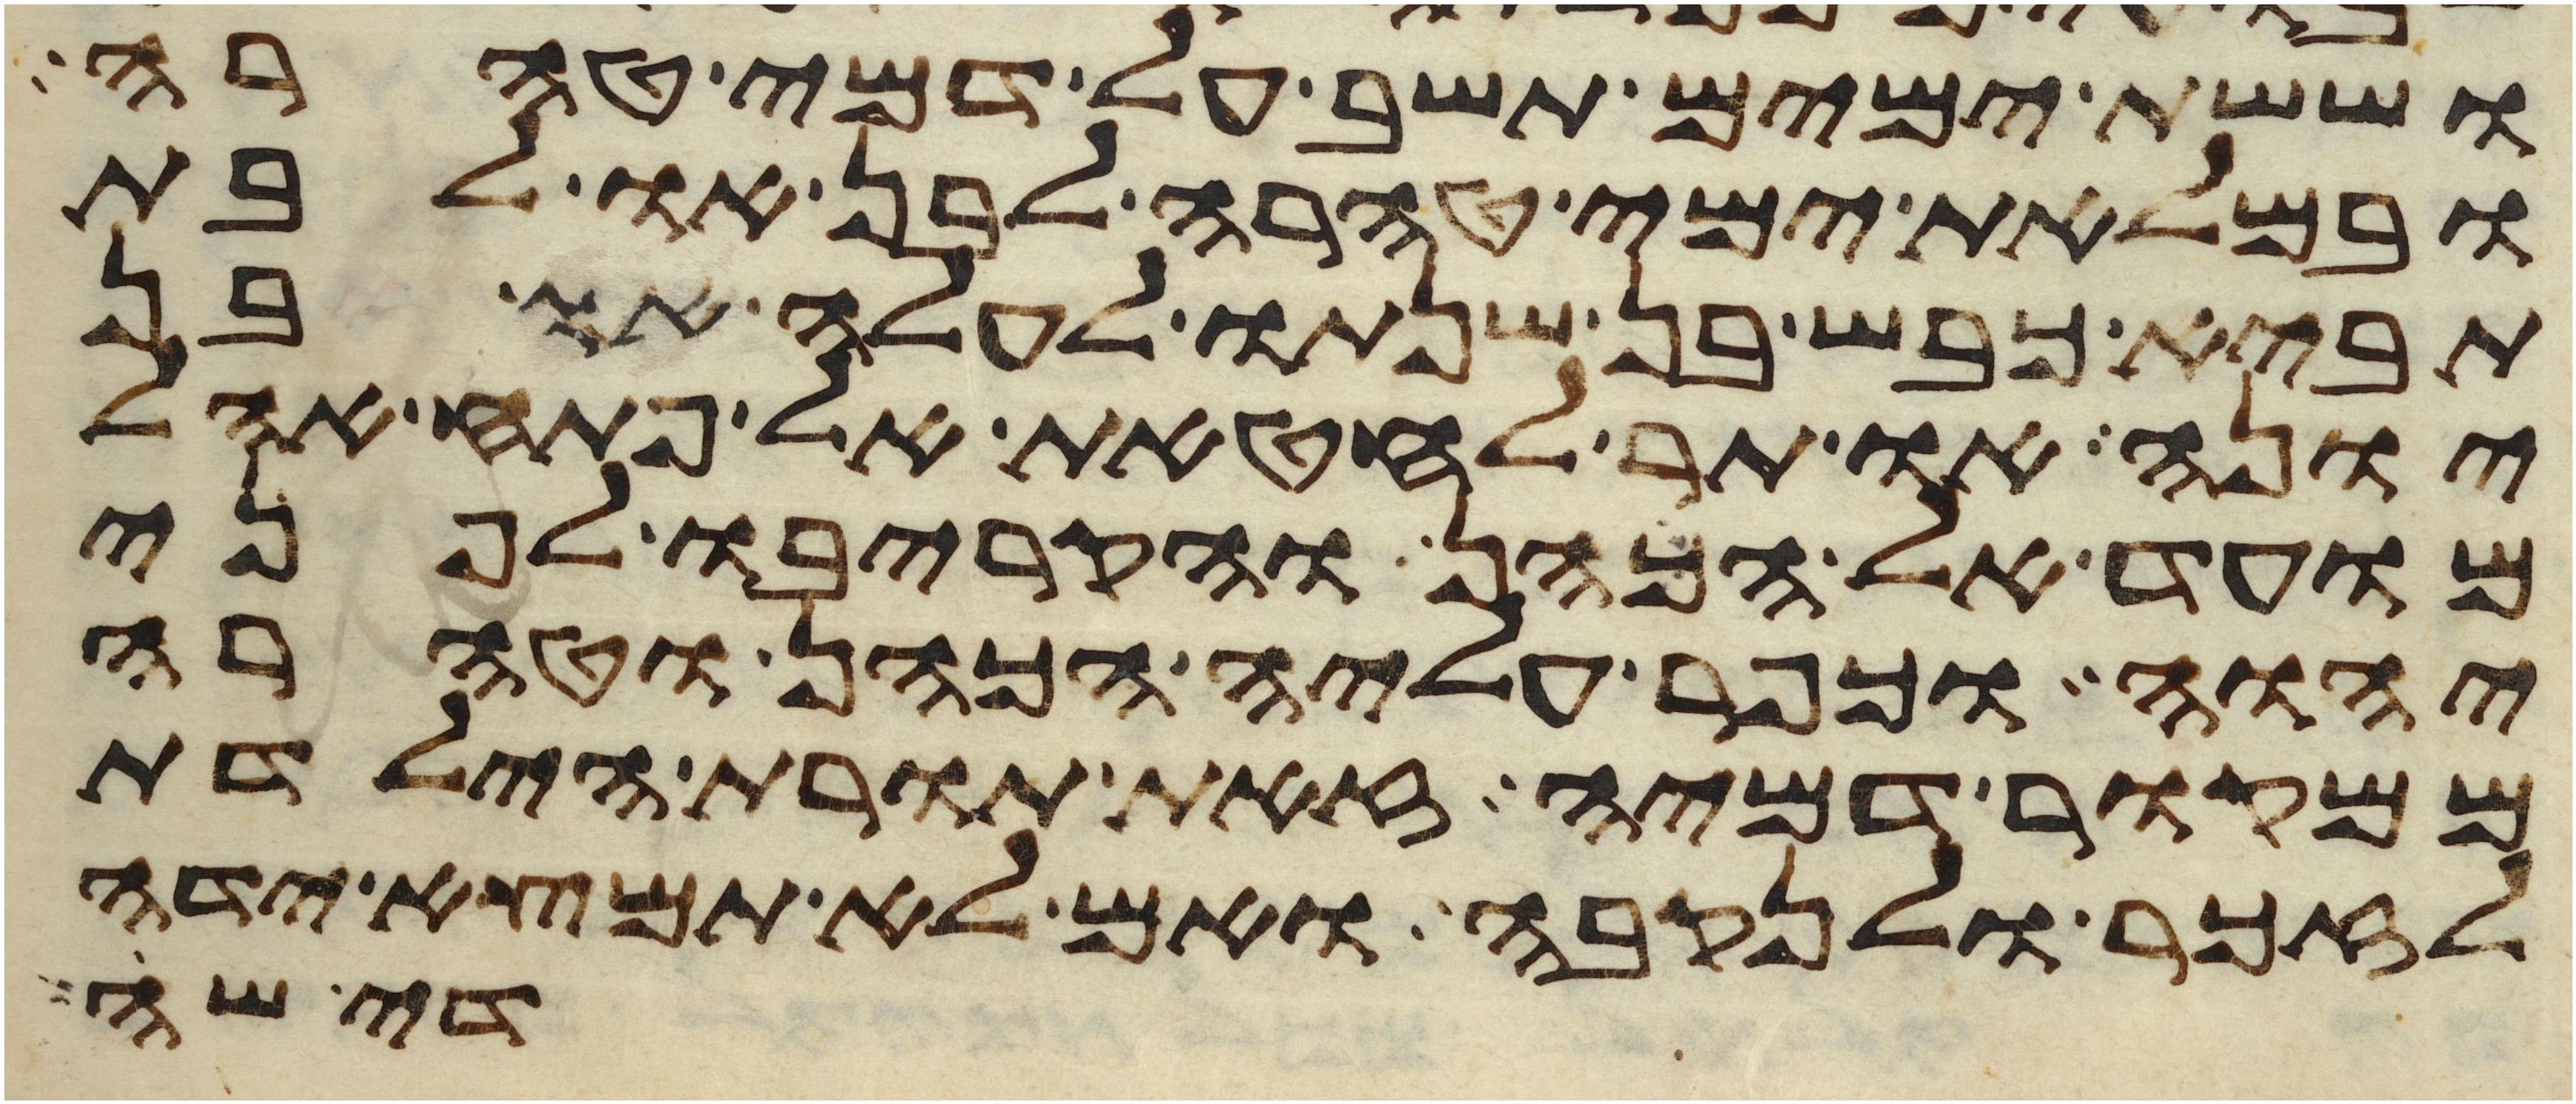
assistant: וששת ימים תשב על דמי טהרה
ובמלאת ימי טהרה לבן או לבת
תביא כבש בן שנתו לעלה או בן
יונה או תר לחטאת אל פתח אהל
מועד אל הכהן והקריבו לפני
יהוה וכפר עליה הכהן וטהרה
ממקור דמיה זאת תורת הילדת
לזכר ולנקבה ואם לא תמצא ידה
די שה